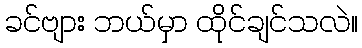
ခင်ဗျား ဘယ်မှာ ထိုင်ချင်သလဲ။